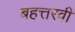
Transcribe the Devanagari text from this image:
बहत्तरवीं